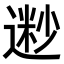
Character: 𫐽